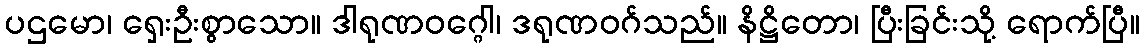
ပဌမော၊ ရှေးဦးစွာသော။ ဒါရုဏဝဂ္ဂေါ၊ ဒရုဏဝဂ်သည်။ နိဋ္ဌိတော၊ ပြီးခြင်းသို့ ရောက်ပြီ။